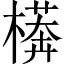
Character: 𱤕